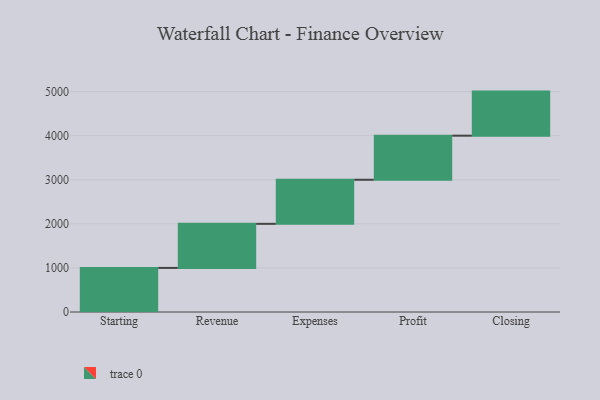
{"axis": {"x": "Step", "y": "Value"}, "legend": [""], "data": [{"x": "Starting", "y": 1000, "type": ""}, {"x": "Revenue", "y": 1000, "type": ""}, {"x": "Expenses", "y": 1000, "type": ""}, {"x": "Profit", "y": 1000, "type": ""}, {"x": "Closing", "y": 1000, "type": ""}]}